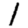
Digit: 1